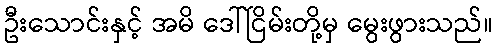
ဦးသောင်းနှင့် အမိ ဒေါ်ငြိမ်းတို့မှ မွေးဖွားသည်။